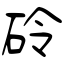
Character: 砱